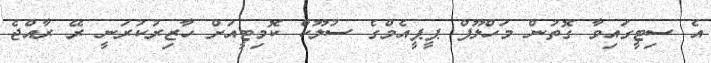
އެ ސިޓީގައިވާ ގޮތުން މަހްލޫފް ޕީޕީއެމްގެ ސުލޫކް ކޮމިޓީއަށް ހާޒިރުކުރަނީ ރޭ ރާއްޖެ